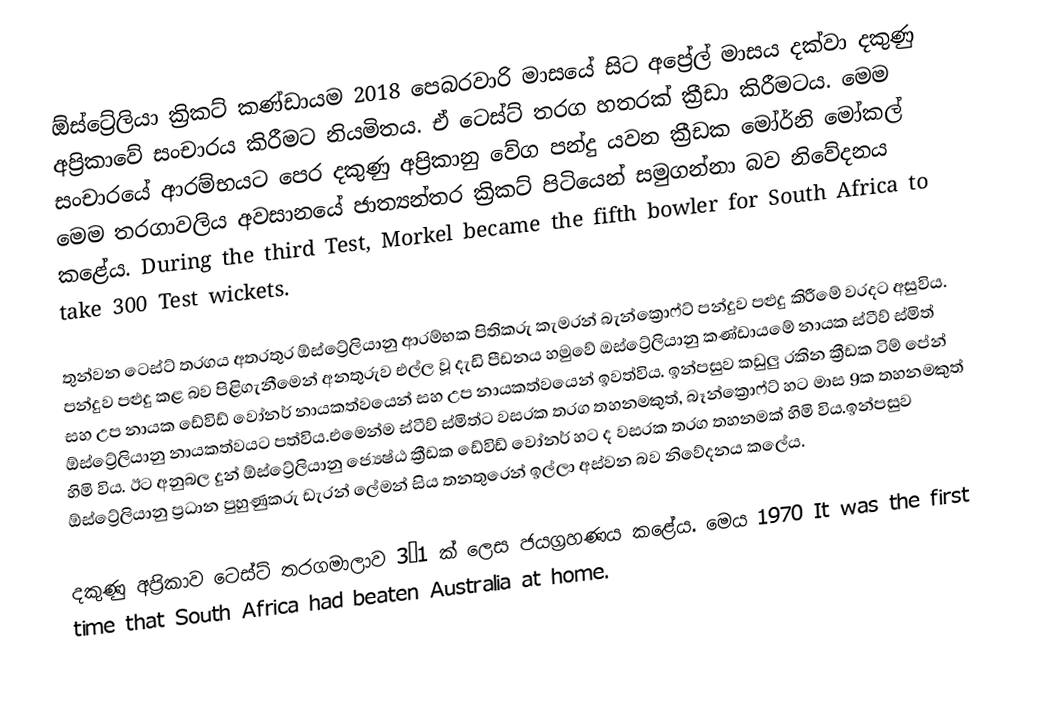
ඕස්ට්‍රේලියා ක්‍රිකට් කණ්ඩායම 2018 පෙබරවාරි මාසයේ සිට අප්‍රේල් මාසය දක්වා දකුණු අප්‍රිකාවේ සංචාරය කිරීමට නියමිතය. ඒ ටෙස්ට් තරග හතරක් ක්‍රීඩා කිරීමටය. මෙම සංචාරයේ ආරම්භයට පෙර දකුණු අප්‍රිකානු වේග පන්දු යවන ක්‍රීඩක මෝර්නි මෝකල් මෙම තරගාවලිය අවසානයේ ජාත්‍යන්තර ක්‍රිකට් පිටියෙන් සමුගන්නා බව නිවේදනය කළේය. During the third Test, Morkel became the fifth bowler for South Africa to take 300 Test wickets.

තුන්වන ටෙස්ට් තරගය අතරතුර ඕස්ට්‍රේලියානු ආරම්භක පිතිකරු කැමරන් බැන්ක්‍රොෆ්ට් පන්දුව පළුදු කිරීමේ වරදට අසුවිය. පන්දුව පළුදු කළ බව පිළිගැනීමෙන් අනතුරුව එල්ල වූ දැඩි පීඩනය හමුවේ ඔස්ට්‍රේලියානු කණ්ඩායමේ නායක ස්ටීව් ස්මිත් සහ උප නායක ඩේවිඩ් වෝනර් නායකත්වයෙන් සහ උප නායකත්වයෙන් ඉවත්විය. ඉන්පසුව කඩුලු රකින ක්‍රීඩක ටිම් පේන් ඕස්ට්‍රේලියානු නායකත්වයට පත්විය.එමෙන්ම ස්‌ටීව් ස්මිත්ට වසරක තරග තහනමකුත්, බෑන්ක්‍රොෆ්ට් හට මාස 9ක තහනමකුත් හිමි විය. ඊට අනුබල දුන් ඕස්ට්‍රේලියානු ජ්‍යෙෂ්ඨ ක්‍රීඩක ඩේවිඩ් වෝනර් හට ද වසරක තරග තහනමක් හිමි විය.ඉන්පසුව ඕස්ට්‍රේලියානු ප්‍රධාන පුහුණුකරු ඩැරන් ලේමන් සිය තනතුරෙන් ඉල්ලා අස්වන බව නිවේදනය කලේය.

දකුණු අප්‍රිකාව ටෙස්ට් තරගමාලාව 3–1 ක් ලෙස ජයග්‍රහණය කළේය. මෙය 1970 It was the first time that South Africa had beaten Australia at home.